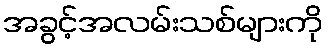
အခွင့်အလမ်းသစ်များကို